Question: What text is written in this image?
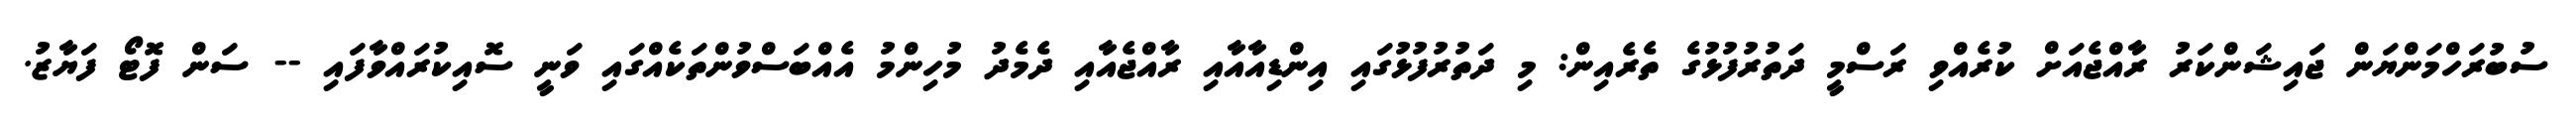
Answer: ސުބުރަހްމަންޔަން ޖައިޝަންކަރު ރާއްޖެއަށް ކުރެއްވި ރަސްމީ ދަތުރުފުޅުގެ ތެރެއިން: މި ދަތުރުފުޅުގައި އިންޑިއާއާއި ރާއްޖެއާއި ދެމެދު މުހިންމު އެއްބަސްވުންތަކެއްގައި ވަނީ ސޮއިކުރައްވާފައި -- ސަން ފޮޓޯ ފަޔާޒު.